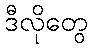
ဒီလိုတွေ